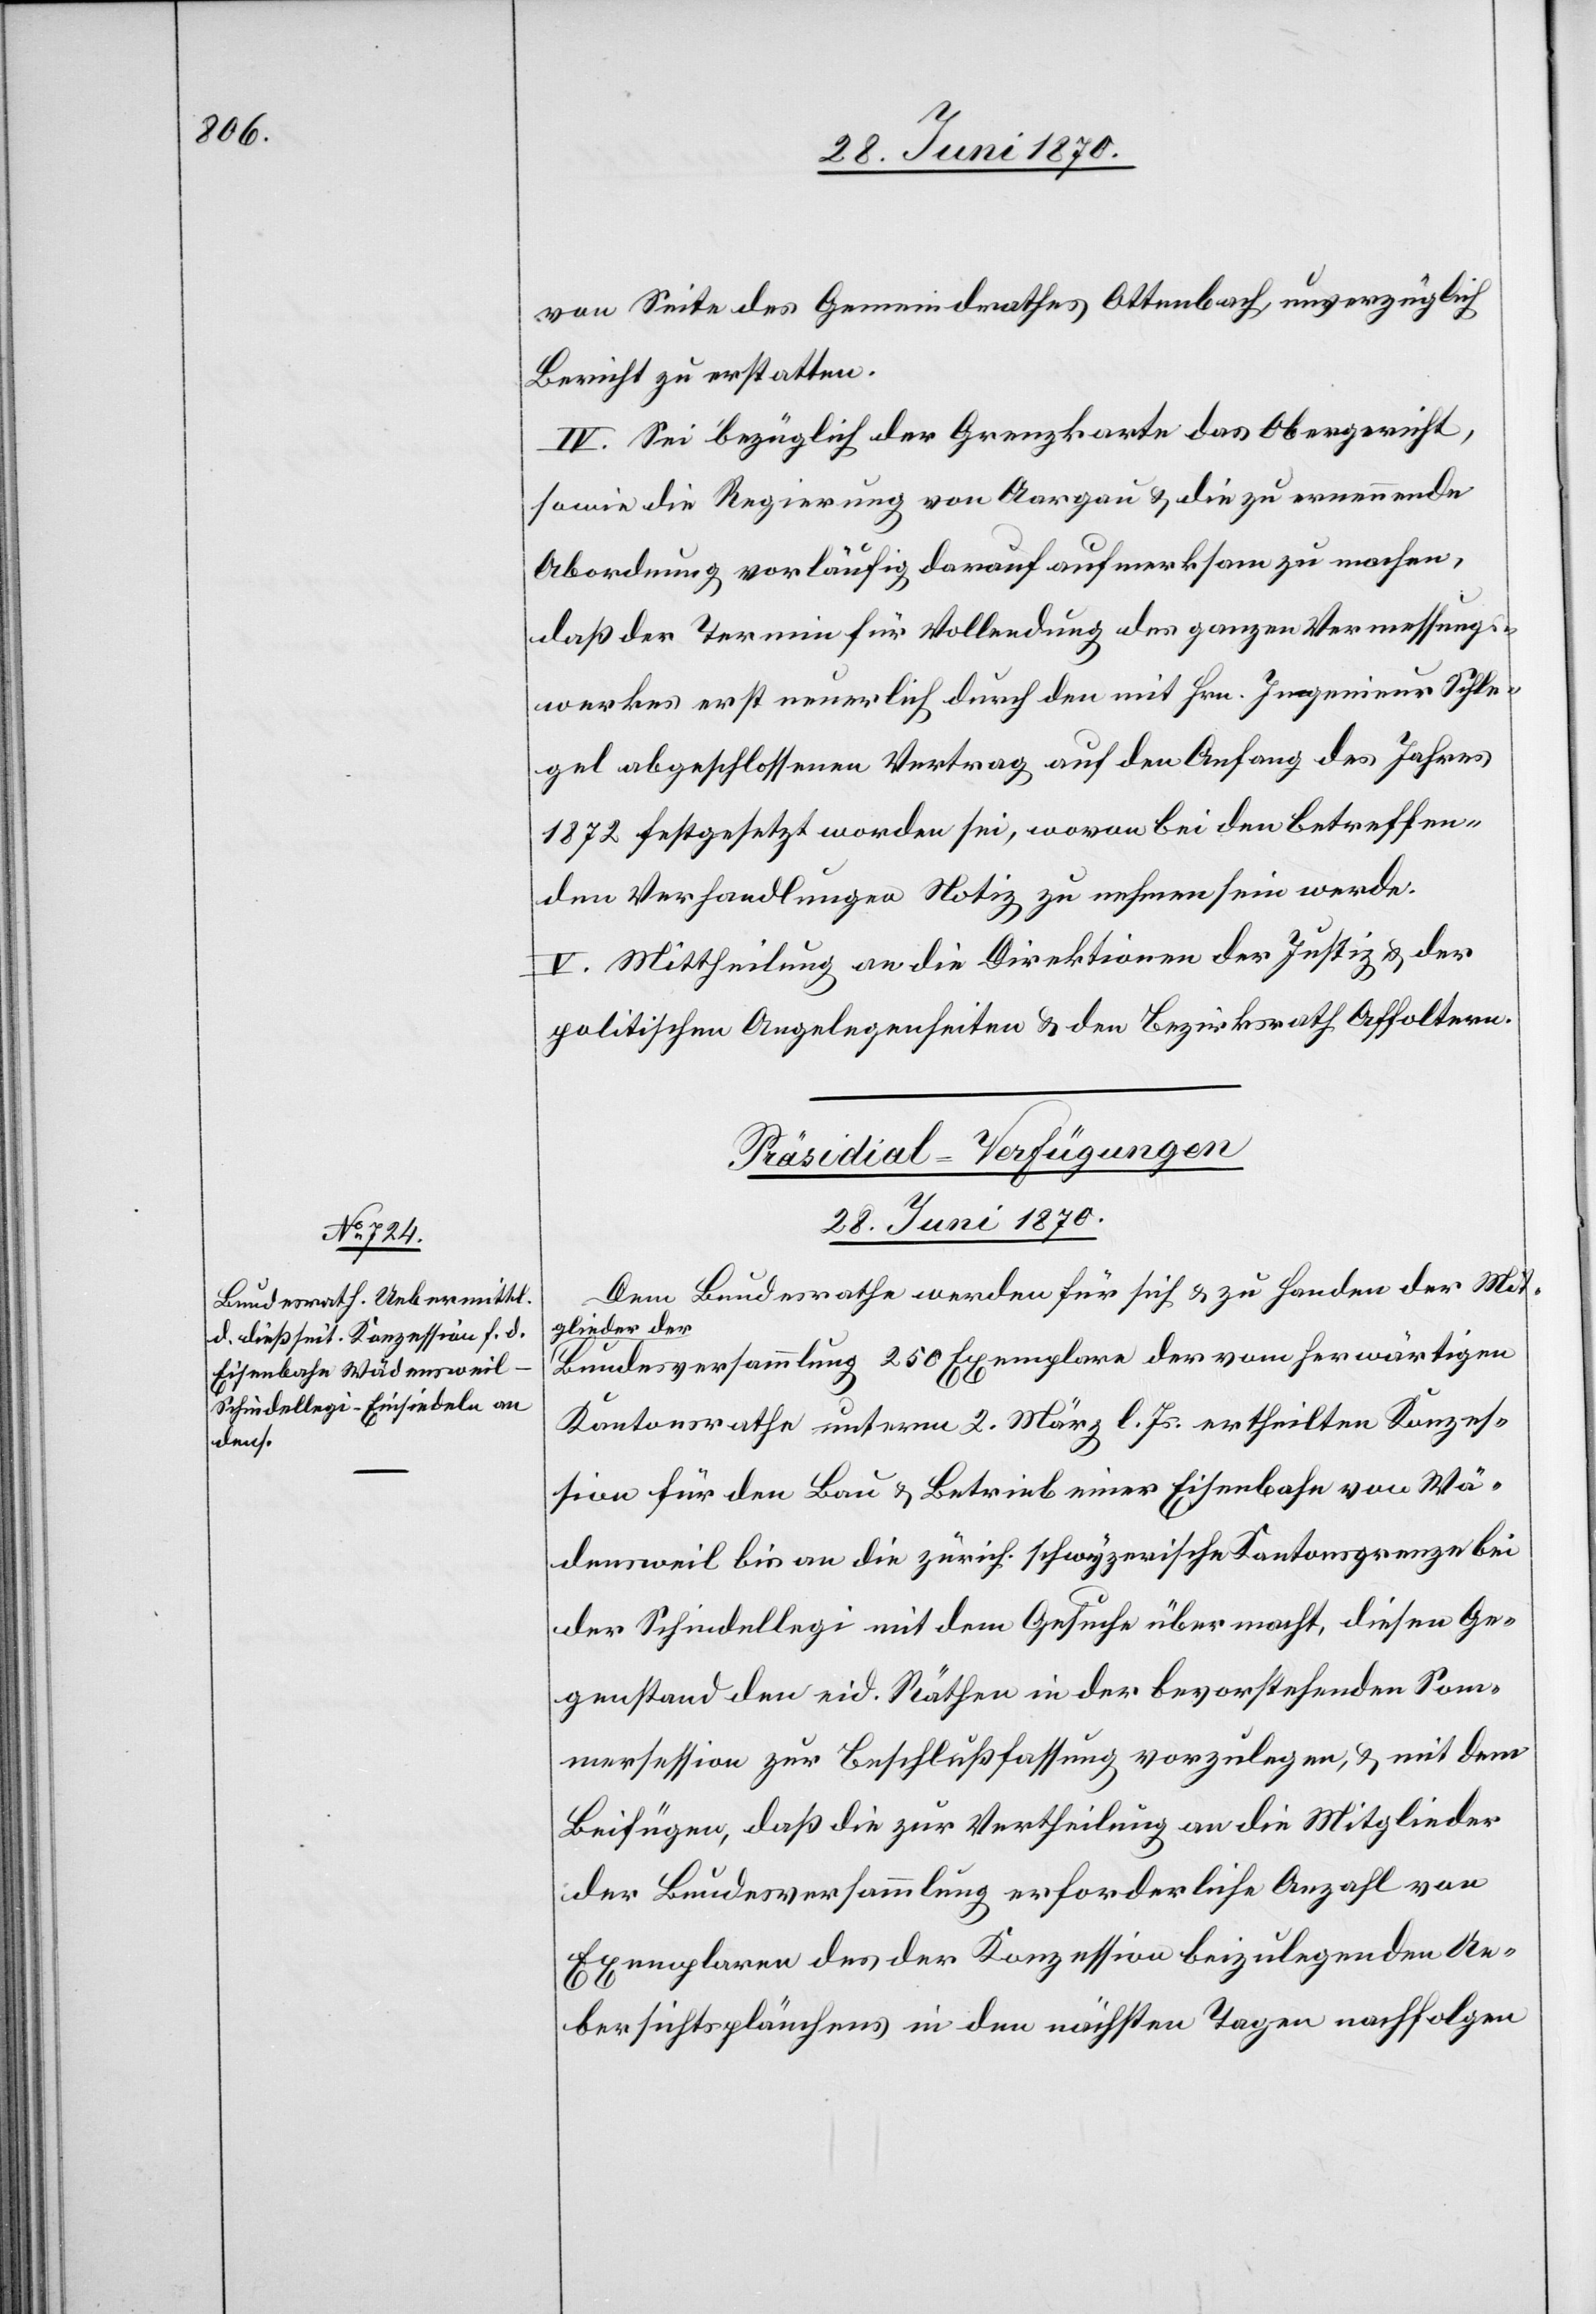
von Seite des Gemeindrathes Ottenbach unverzüglich
Bericht zu erstatten.
IV. Sei bezüglich der Grenzkarte das Obergericht,
sowie die Regierung von Aargau & die zu ernennende
Abordnung vorläufig darauf aufmerksam zu machen,
daß der Termin für Vollendung des ganzen Vermessungs¬
werkes erst neuerlich durch den mit Hrn. Ingenieur Schle¬
gel abgeschlossenen Vertrag auf den Anfang des Jahres
1872 festgesetzt worden sei, wovon bei den betreffen¬
den Verhandlungen Notiz zu nehmen sein werde.
V. Mittheilung an die Direktion der Justiz & der
politischen Angelegenheiten & den Bezirksrath Affoltern.
Präsidial-Verfügungen
28. Juni 1870.
Dem Bundesrathe werden für sich & zu Handen der Mit¬
glieder der
Bundesversammlung 250 Exemplare der vom herwärtigen
Kantonsrathe unterm 2. März l. Js. ertheilten Konzes¬
sion für den Bau & Betrieb einer Eisenbahn von Wä¬
densweil bis an die zürch. schwyzerische Kantonsgrenze bei
der Schindellegi mit dem Gesuche übermacht, diesen Ge¬
genstand den eid. Räthen in der bevorstehenden Som¬
mersession zur Beschlußfassung vorzulegen, & mit dem
Beifügen, daß die zur Vertheilung an die Mitglieder
der Bundesversammlung erforderliche Anzahl von
Exemplaren des der Konzession beizulegenden Ue¬
bersichtsplänchens in den nächsten Tagen nachfolgen